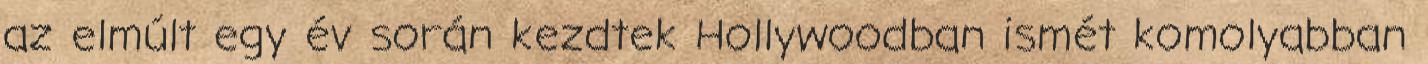
az elmúlt egy év során kezdtek Hollywoodban ismét komolyabban